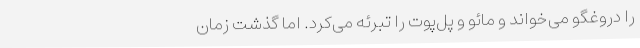
را دروغگو می‌خواند و مائو و پل‌پوت را تبرئه می‌کرد. اما گذشت زمان